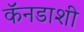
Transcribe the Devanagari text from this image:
कॅनडाशी